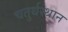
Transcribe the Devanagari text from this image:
चतुर्थस्थान